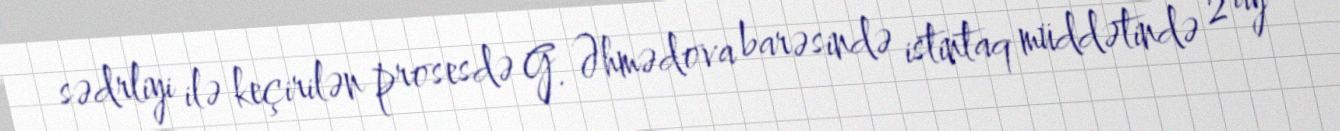
sədrliyi ilə keçirilən prosesdə G. Əhmədova barəsində istintaq müddətində 2 ay